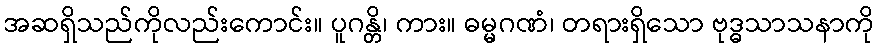
အဆရှိသည်ကိုလည်းကောင်း။ ပူဂန္တိ၊ ကား။ ဓမ္မဂဏံ၊ တရားရှိသော ဗုဒ္ဓသာသနာကို